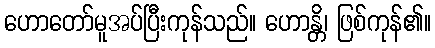
ဟောတော်မူအပ်ပြီးကုန်သည်။ ဟောန္တိ၊ ဖြစ်ကုန်၏။